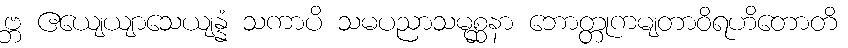
ဗ္ဘ ဧယျေယျာသေယျန္နံ သကာပိ သမပညာသမုစ္ဆနာ ဘောတ္တုကမျတာဝိရဟိတောတိ